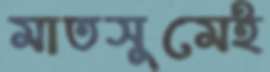
মাতসুমেই